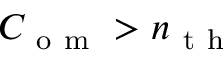
C _ { \mathrm { ~ o ~ m ~ } } > n _ { \mathrm { ~ t ~ h ~ } }